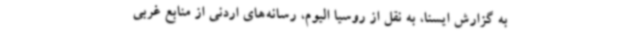
به گزارش ایسنا، به نقل از روسیا الیوم، رسانه‌های اردنی از منابع غربی